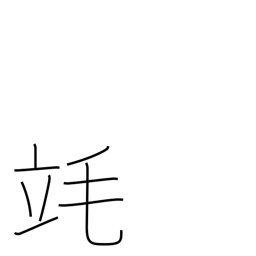
Meaning: millilitre